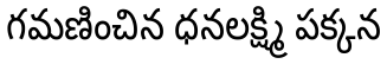
గమణించిన ధనలక్ష్మి పక్కన